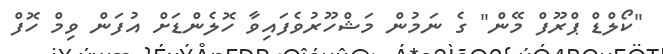
"ކޯލްޑް ޕްރޫފް މޭން" ގެ ނަމުން މަޝްހޫރުވެފައިވާ ހޮލެންޑަށް އުފަން ވިމް ހޮފް